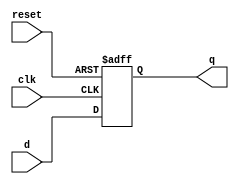
// register with asynchronous reset

module reg_reset
    #(
        parameter N = 32
    )
    (
        input wire clk, reset,
        input wire [N-1:0] d,
        output reg [N-1:0] q
    );
    
    always @(posedge clk, posedge reset)
        if (reset)
            q <= 0;
        else
            q <= d;
endmodule